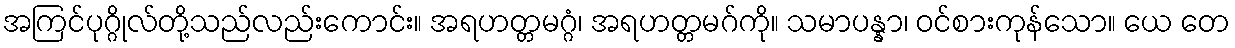
အကြင်ပုဂ္ဂိုလ်တို့သည်လည်းကောင်း။ အရဟတ္တမဂ္ဂံ၊ အရဟတ္တမဂ်ကို။ သမာပန္နာ၊ ဝင်စားကုန်သော။ ယေ တေ